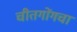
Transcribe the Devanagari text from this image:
चीतगोंगचा